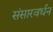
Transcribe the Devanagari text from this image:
संसारवर्धन